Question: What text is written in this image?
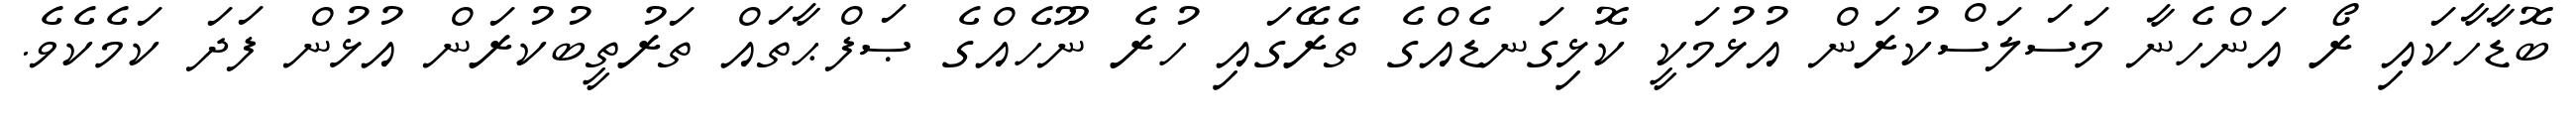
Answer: ބޮޑާހާކައި ރޯ އަންހެނާ މަސަލަސްކުރަން އުޅުމަކީ ކޮޅިގަނޑެއްގެ ތެރޭގައި ހުރެ ނޫހެއްގެ ޞަފްޙާތައް ތަރުތީބުކުރަން އުޅުން ފަދަ ކަމެކެވެ.